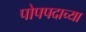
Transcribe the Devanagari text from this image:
पोपपदाच्या